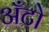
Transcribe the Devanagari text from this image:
अँटो